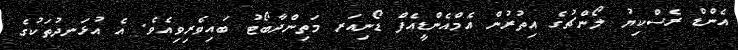
އެންޑް ރެސްކިޔު ލޯންޗުގެ އިތުރުން އެމްއެންޑީއެފް ޑޯނިއަރ މަތިންދާބޯޓު ބައިވެރިވިއެވެ. އެ އުޅަނދުތަކުގެ